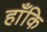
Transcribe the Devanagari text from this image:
हाँकि